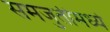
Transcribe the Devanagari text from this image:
समजुतीमध्ये